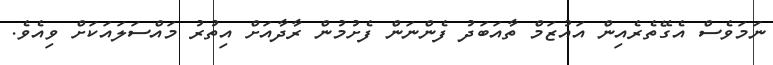
ނަމަވެސް އެގޭތެރެއިން އައުޒަމް ތާއަބަދު ފެންނަން ފެށުމުން ރާދާއަށް އިތުރު މައްސަލައަކަށް ވިއެވެ.